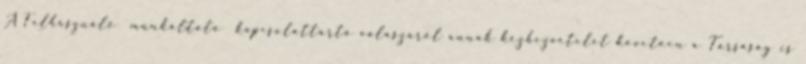
A Felhasználó munkáltató kapcsolattartó válaszáról annak kézhezvételét követően a Társaság is